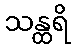
သန္ထရိ